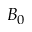
B _ { 0 }